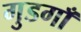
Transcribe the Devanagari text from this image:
गुडगाँ